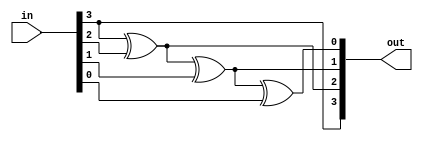
`timescale 1ns / 1ps
//////////////////////////////////////////////////////////////////////////////////
// Company: 
// Engineer: 
// 
// Design Name: 
// Module Name: g2b
// Project Name: 
// Target Devices: 
// Tool Versions: 
// Description: 
// 
// Dependencies: 
// 
// Revision:
// Revision 0.01 - File Created
// Additional Comments:
// 
//////////////////////////////////////////////////////////////////////////////////


module g2b(
    input [3:0] in,
    output [3:0] out
    );
    wire a,b,c;
    assign out[3] = in[3];
    xor m1(a,in[3],in[2]);
    xor m2(b,a,in[1]);
    xor m3(c,b,in[0]);
    assign out[2] = a;
    assign out[1] = b;
    assign out[0] = c;
    
endmodule